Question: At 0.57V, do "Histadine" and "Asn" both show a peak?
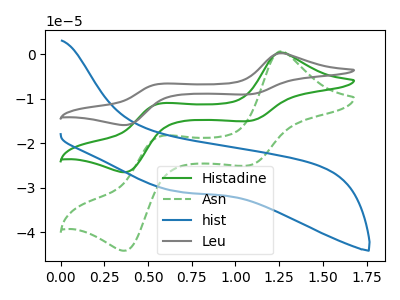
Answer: <think>The green curve "Histadine" has anodic peaks at (1.25V, 0.40uA) (0.55V, -11.05uA) and cathodic peaks at (1.10V, -15.00uA) (0.35V, -26.50uA). The green dashed curve "Asn" has anodic peaks at (1.25V, 0.70uA) (0.55V, -18.45uA) and cathodic peaks at (1.10V, -25.00uA) (0.35V, -44.15uA). The blue curve "hist" has no peaks. The gray curve "Leu" has anodic peaks at (1.25V, 0.85uA) (0.55V, -22.15uA) and cathodic peaks at (1.10V, -30.00uA) (0.35V, -53.05uA).</think>
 <answer>Yes, "Histadine" and "Asn" share a peak at 0.57V.</answer>
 <eval>match</eval>